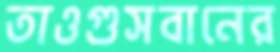
তাওগুসবানের